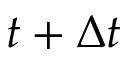
t + \Delta t